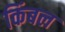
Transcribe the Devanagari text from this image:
किंबल